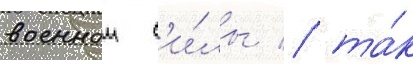
военнои с'и́лы / та́к